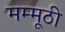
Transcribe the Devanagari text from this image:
मम्मूठी